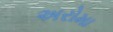
અરોમા